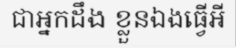
ជាអ្នកដឹង ខ្លួនឯងធ្វើអី